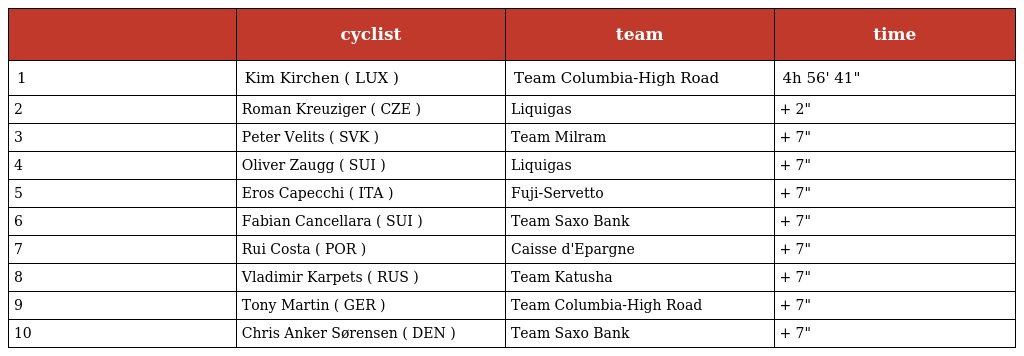
|  | cyclist | team | time |
 | --- | --- | --- | --- |
 | 1 | Kim Kirchen ( LUX ) | Team Columbia-High Road | 4h 56' 41" |
 | 2 | Roman Kreuziger ( CZE ) | Liquigas | + 2" |
 | 3 | Peter Velits ( SVK ) | Team Milram | + 7" |
 | 4 | Oliver Zaugg ( SUI ) | Liquigas | + 7" |
 | 5 | Eros Capecchi ( ITA ) | Fuji-Servetto | + 7" |
 | 6 | Fabian Cancellara ( SUI ) | Team Saxo Bank | + 7" |
 | 7 | Rui Costa ( POR ) | Caisse d'Epargne | + 7" |
 | 8 | Vladimir Karpets ( RUS ) | Team Katusha | + 7" |
 | 9 | Tony Martin ( GER ) | Team Columbia-High Road | + 7" |
 | 10 | Chris Anker Sørensen ( DEN ) | Team Saxo Bank | + 7" |